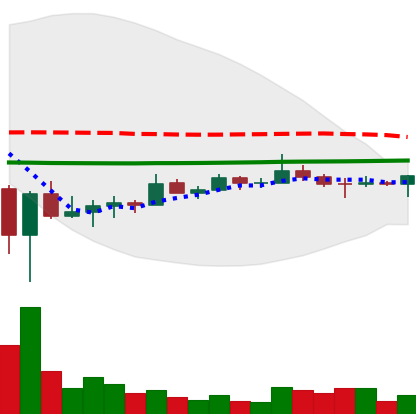
Ticker: TRX-USD
Chart end date: 2022-07-03
Forward return: 4.19%
Label: up_3_5